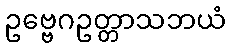
ဥဗ္ဗေဂဥတ္တာသဘယံ